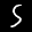
Label: 5